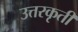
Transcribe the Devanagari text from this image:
उत्तरकृती